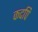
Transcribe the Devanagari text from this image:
कदपि